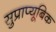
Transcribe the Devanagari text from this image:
सुप्राप्यूबिक